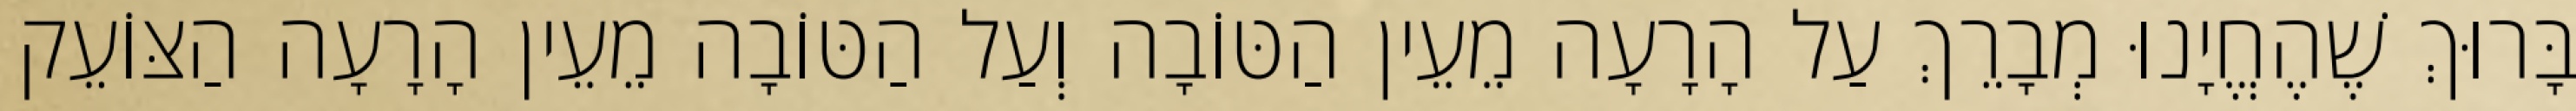
בָּרוּךְ שֶׁהֶחֱיָנוּ מְבָרֵךְ עַל הָרָעָה מֵעֵין הַטּוֹבָה וְעַל הַטּוֹבָה מֵעֵין הָרָעָה הַצּוֹעֵק